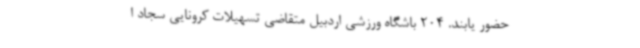
حضور یابند. 204 باشگاه ورزشی اردبیل متقاضی تسهیلات کرونایی سجاد ا